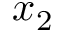
x _ { 2 }